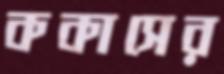
ককাসের